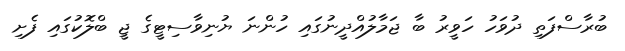
ބުރާސްފަތި ދުވަހު ހަވީރު ބާ ޖަމާލުއްދީނުގައި ހުންނަ ޔުނިވާސިޓީގެ ޖީ ބްލޮކުގައި ފެށި